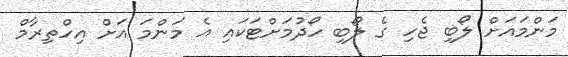
މަންމައަށް ލޯބި ޖެހި ގެ ލޯބި ހޯދުމަށްޓަކައި އެ މަންމަ އަށް އިހްތިރާމް